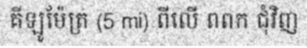
គីឡូម៉ែត្រ (5 mi) ពីលើ ពពក ជុំវិញ